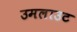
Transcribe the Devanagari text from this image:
उमलाउट